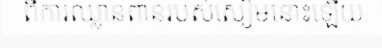
ពីការឈ្លានពានរបស់សៀមនោះឡើយ